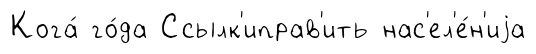
Кога́ го́да Ссылк'иправ'ить нас'ел'е́н'иjа